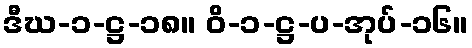
ဒီဃ-၁-ဋ္ဌ-၁၈။ ဝိ-၁-ဋ္ဌ-ပ-အုပ်-၁၆။